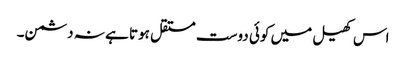
اس کھیل میں کوئی دوست مستقل ہوتا ہے نہ دشمن۔